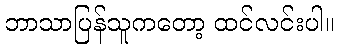
ဘာသာပြန်သူကတော့ ထင်လင်းပါ။